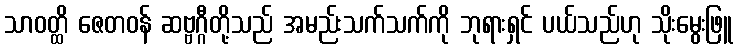
သာဝတ္ထိ ဇေတဝန် ဆဗ္ဗဂ္ဂီတို့သည် အမည်းသက်သက်ကို ဘုရားရှင် ပယ်သည်ဟု သိုးမွေးဖြူ